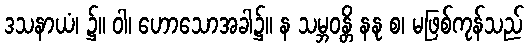
ဒသနာယံ၊ ၌။ ဝါ၊ ဟောသောအခါ၌။ န သမ္ဘဝန္တိ နနု စ၊ မဖြစ်ကုန်သည်